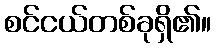
စင်ငယ်တစ်ခုရှိ၏။